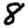
Digit: 8